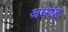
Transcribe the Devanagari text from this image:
अध्यंड